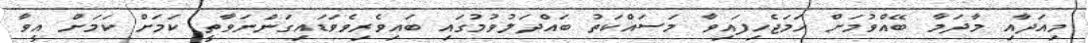
މިއަދާއި މާދަމާ ބޭއްވުމަށް ހަމަޖެހިފައިވާ މަސައްކަތު ބައްދަލުވުމުގައި ބައިވެރިވެވަޑައިގަންނަވާތީ ކަމަށް ކަމަށް އީވާ